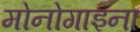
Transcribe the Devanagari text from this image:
मोनोगाइना